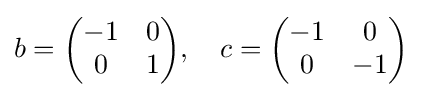
b={\begin{pmatrix}-1&0\\0&1\end{pmatrix}},\quad c={\begin{pmatrix}-1&0\\0&-1\end{pmatrix}}